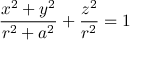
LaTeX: { \frac { x ^ { 2 } + y ^ { 2 } } { r ^ { 2 } + a ^ { 2 } } } + { \frac { z ^ { 2 } } { r ^ { 2 } } } = 1